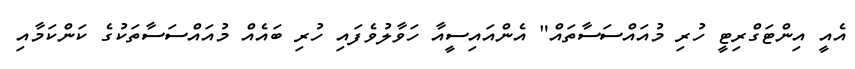
އެއީ އިންޓަގްރިޓީ ހުރި މުއައްސަސާތައް" އެންއައިސީއާ ހަވާލުވެފައި ހުރި ބައެއް މުއައްސަސާތަކުގެ ކަންކަމާއި